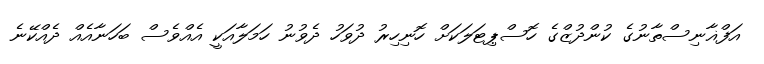
އަފްޣާނިސްތާނުގެ ކުންދުޒްގެ ހޮސްޕިޓަލަކަށް ހޮނިހިރު ދުވަހު ދެވުނު ހަމަލާއަކީ އެއްވެސް ބަހަނާއެއް ދެއްކޭނެ